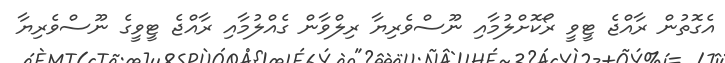
އެގޮތުން ރާއްޖެ ޓީވީ ރޯކޮށްލުމާއި ނޫސްވެރިޔާ ރިލްވާން ގެއްލުމާއި ރާއްޖެ ޓީވީގެ ނޫސްވެރިޔާ